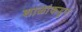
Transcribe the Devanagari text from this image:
शाळांकडून